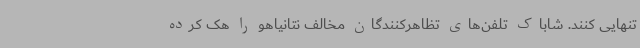
تنهایی کنند. شاباک تلفن‌های تظاهرکنندگان مخالف نتانیاهو را هک کرده